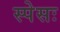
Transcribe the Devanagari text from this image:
स्पेसः